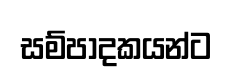
සම්පාදකයන්ට